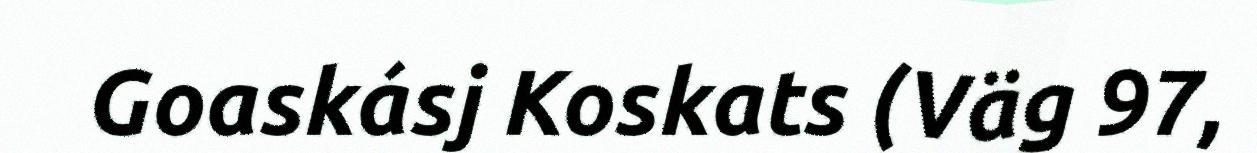
Goaskásj Koskats (Väg 97,